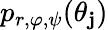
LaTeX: p_{r,\varphi,\psi}(\theta_{\mathbf{j}})